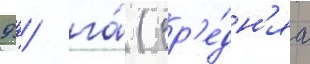
9 ц/ га́ (ср'е́дн'яа